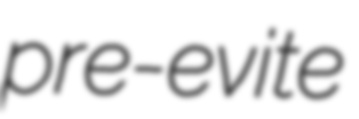
pre-evite